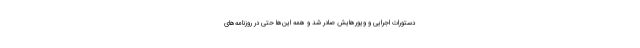
دستورات اجرایی و ویورهایش صادر شد و همه این‌ها حتی در روزنامه‌های